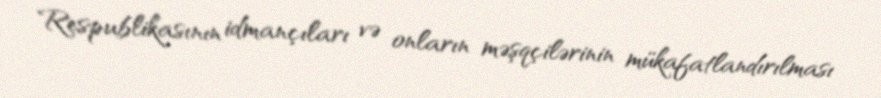
Respublikasının idmançıları və onların məşqçilərinin mükafatlandırılması